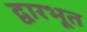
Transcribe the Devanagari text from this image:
द्वारभूत